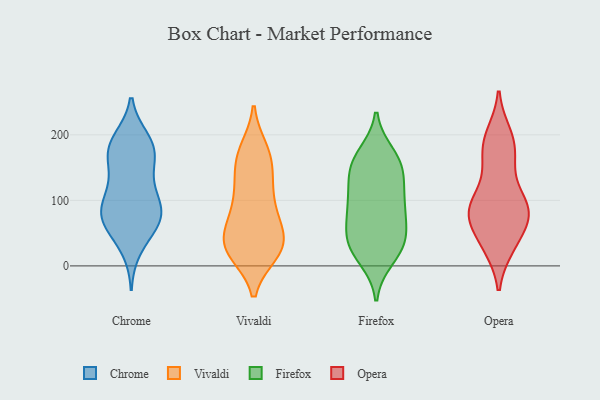
{"axis": {"x": "Active Users", "y": "Value"}, "legend": ["Chrome", "Firefox", "Opera", "Vivaldi"], "data": [{"x": "", "y": 95, "type": "Chrome"}, {"x": "", "y": 126, "type": "Chrome"}, {"x": "", "y": 173, "type": "Chrome"}, {"x": "", "y": 56, "type": "Chrome"}, {"x": "", "y": 27, "type": "Chrome"}, {"x": "", "y": 162, "type": "Chrome"}, {"x": "", "y": 71, "type": "Chrome"}, {"x": "", "y": 86, "type": "Chrome"}, {"x": "", "y": 75, "type": "Chrome"}, {"x": "", "y": 127, "type": "Chrome"}, {"x": "", "y": 174, "type": "Chrome"}, {"x": "", "y": 68, "type": "Chrome"}, {"x": "", "y": 192, "type": "Chrome"}, {"x": "", "y": 187, "type": "Chrome"}, {"x": "", "y": 73, "type": "Chrome"}, {"x": "", "y": 97, "type": "Chrome"}, {"x": "", "y": 181, "type": "Chrome"}, {"x": "", "y": 28, "type": "Vivaldi"}, {"x": "", "y": 166, "type": "Vivaldi"}, {"x": "", "y": 22, "type": "Vivaldi"}, {"x": "", "y": 114, "type": "Vivaldi"}, {"x": "", "y": 97, "type": "Vivaldi"}, {"x": "", "y": 21, "type": "Vivaldi"}, {"x": "", "y": 29, "type": "Vivaldi"}, {"x": "", "y": 164, "type": "Vivaldi"}, {"x": "", "y": 75, "type": "Vivaldi"}, {"x": "", "y": 132, "type": "Vivaldi"}, {"x": "", "y": 34, "type": "Vivaldi"}, {"x": "", "y": 138, "type": "Vivaldi"}, {"x": "", "y": 174, "type": "Vivaldi"}, {"x": "", "y": 177, "type": "Vivaldi"}, {"x": "", "y": 20, "type": "Vivaldi"}, {"x": "", "y": 52, "type": "Vivaldi"}, {"x": "", "y": 93, "type": "Vivaldi"}, {"x": "", "y": 53, "type": "Vivaldi"}, {"x": "", "y": 27, "type": "Vivaldi"}, {"x": "", "y": 63, "type": "Vivaldi"}, {"x": "", "y": 50, "type": "Firefox"}, {"x": "", "y": 154, "type": "Firefox"}, {"x": "", "y": 11, "type": "Firefox"}, {"x": "", "y": 154, "type": "Firefox"}, {"x": "", "y": 96, "type": "Firefox"}, {"x": "", "y": 109, "type": "Firefox"}, {"x": "", "y": 28, "type": "Firefox"}, {"x": "", "y": 21, "type": "Firefox"}, {"x": "", "y": 31, "type": "Firefox"}, {"x": "", "y": 138, "type": "Firefox"}, {"x": "", "y": 170, "type": "Firefox"}, {"x": "", "y": 166, "type": "Firefox"}, {"x": "", "y": 99, "type": "Firefox"}, {"x": "", "y": 86, "type": "Firefox"}, {"x": "", "y": 52, "type": "Firefox"}, {"x": "", "y": 138, "type": "Firefox"}, {"x": "", "y": 47, "type": "Firefox"}, {"x": "", "y": 80, "type": "Firefox"}, {"x": "", "y": 180, "type": "Opera"}, {"x": "", "y": 30, "type": "Opera"}, {"x": "", "y": 85, "type": "Opera"}, {"x": "", "y": 29, "type": "Opera"}, {"x": "", "y": 93, "type": "Opera"}, {"x": "", "y": 94, "type": "Opera"}, {"x": "", "y": 68, "type": "Opera"}, {"x": "", "y": 188, "type": "Opera"}, {"x": "", "y": 157, "type": "Opera"}, {"x": "", "y": 162, "type": "Opera"}, {"x": "", "y": 30, "type": "Opera"}, {"x": "", "y": 200, "type": "Opera"}, {"x": "", "y": 127, "type": "Opera"}, {"x": "", "y": 78, "type": "Opera"}, {"x": "", "y": 49, "type": "Opera"}, {"x": "", "y": 83, "type": "Opera"}, {"x": "", "y": 92, "type": "Opera"}, {"x": "", "y": 197, "type": "Opera"}, {"x": "", "y": 83, "type": "Opera"}, {"x": "", "y": 81, "type": "Opera"}]}